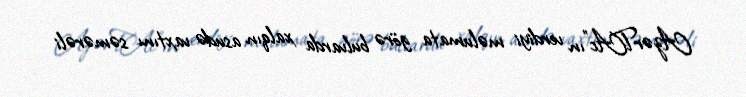
AzərTAc"ın verdiyi məlumata görə bulvarda xalqın asudə vaxtını səmərəli